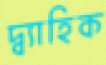
দ্ব্যাহিক